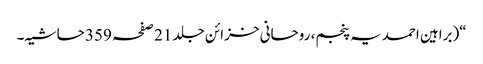
“(براہین احمدیہ پنجم، روحانی خزائن جلد 21 صفحہ 359 حاشیہ۔